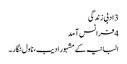
3 ادبی زندگی
4 فرانس آمد
البانیہ کے مشہور ادیب، ناول نگار۔